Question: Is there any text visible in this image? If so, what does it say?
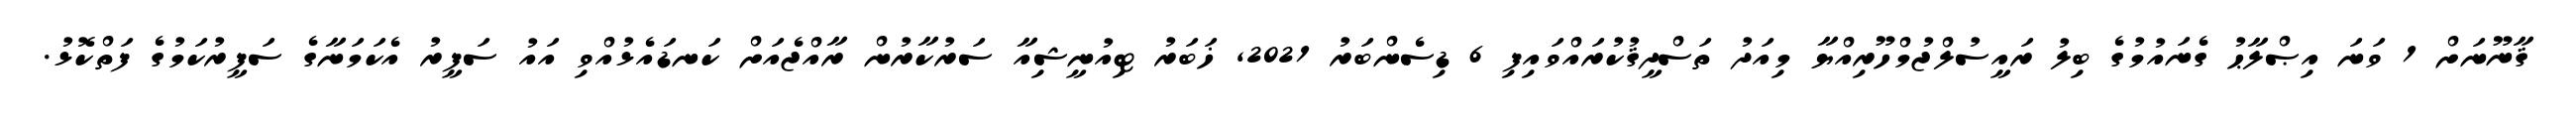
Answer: ޤާނޫނަށް 1 ވަނަ އިޞްލާޙު ގެނައުމުގެ ބިލު ރައީސުލްޖުމްހޫރިއްޔާ މިއަދު ތަސްދީޤުކުރައްވައިފި 6 ޑިސެންބަރު 2021, ޚަބަރު ޓިއުނީޝިއާ ސަރުކާރުން ރާއްޖެއަށް ކަނޑައެޅުއްވި އައު ސަފީރު އެކަމަނާގެ ސަފީރުކަމުގެ ފަތްކޮޅު.